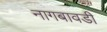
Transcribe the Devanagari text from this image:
नागबावडी